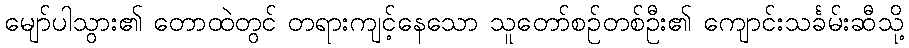
မျော်ပါသွား၏ တောထဲတွင် တရားကျင့်နေသော သူတော်စဉ်တစ်ဦး၏ ကျောင်းသင်္ခမ်းဆီသို့